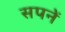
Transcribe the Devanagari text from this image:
सपनें